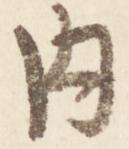
内